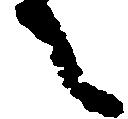
之